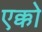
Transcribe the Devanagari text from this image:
एक्को